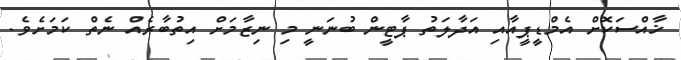
ޚާއްސަކޮށް އެމްޑީޕީއާއި އަދާލަތު ޕާޓީން ބުނަނީ މި ނިޒާމަށް އިތުބާރެއް ނެތް ކަމަށެވެ.